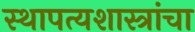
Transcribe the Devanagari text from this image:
स्थापत्यशास्त्रांचा